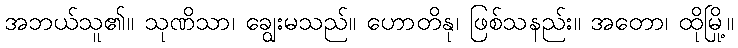
အဘယ်သူ၏။ သုဏိသာ၊ ချွေးမသည်။ ဟောတိနု၊ ဖြစ်သနည်း။ အတော၊ ထိုမြို့။